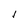
Character: l